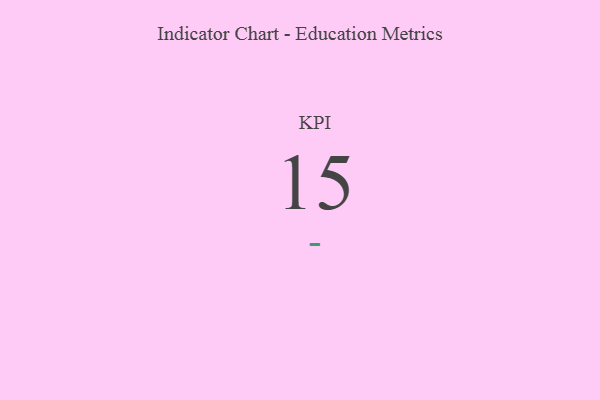
{"axis": {"x": "KPI", "y": "Value"}, "legend": [""], "data": [{"x": "KPI", "y": 15, "type": ""}]}